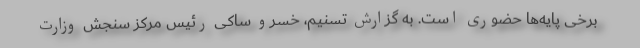
برخی پایه‌ها حضوری است. به گزارش تسنیم، خسرو ساکی رئیس مرکز سنجش وزارت